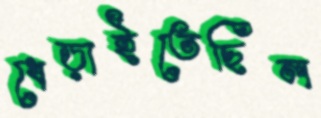
ধেড়াইতেছিল